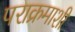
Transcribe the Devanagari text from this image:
पराक्रमाशी